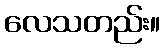
လေသတည်း။